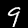
Label: 9